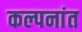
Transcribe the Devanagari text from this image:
कल्पनांत